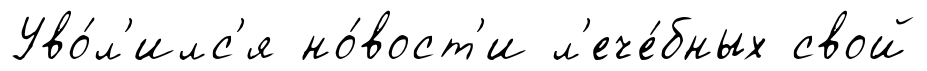
Уво́л'илс'я но́вост'и л'ече́бных свой